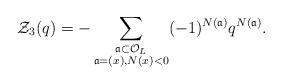
LaTeX: \begin{align*} \mathcal{Z}_3(q) = -\sum_{\substack{\frak{a} \subset \mathcal{O}_{L} \\ \frak{a} = (x), N(x) < 0}} (-1)^{N(\frak{a})}q^{N(\frak{a})}.\end{align*}